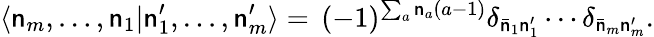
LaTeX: \langle\mathsf{n}_{m},\ldots,\mathsf{n}_{1}|\mathsf{n}_{1}^{\prime},\ldots,\mathsf{n}_{m}^{\prime}\rangle=\, (-1)^{\sum_{a}\mathsf{n}_{a}(a-1)}\delta_{\bar{{\mathsf{n}}}_{1}\mathsf{n}_{1}^{\prime}}\cdots\delta_{\bar{{\mathsf{n}}}_{m}\mathsf{n}_{m}^{\prime}}.